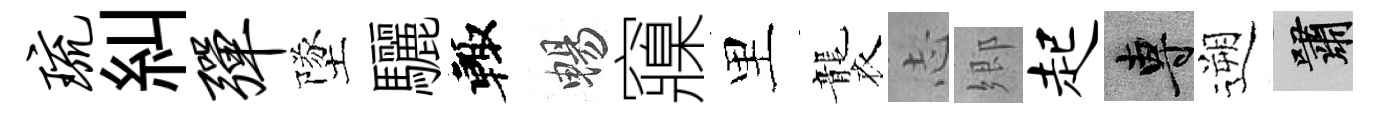
琉糾弹墜驪輙暢䆿里襲𢖽郷起專遡嘯